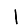
Digit: 1